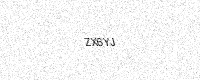
Text: ZX6YJ